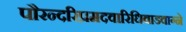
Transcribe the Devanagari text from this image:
पौरन्दरिप्रमदवारिधिवाडवाग्ने